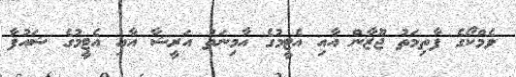
ވެމްކޯގެ ފާތިމަތު ޖޫޒާން އާއި އެޓީމުގެ އާމިނަތު އަރީޝާ އާއި އެޓީމުގެ ޝައުފާ